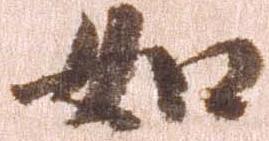
如